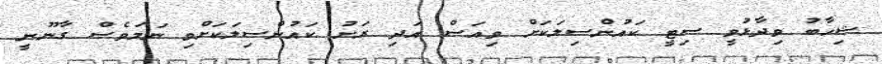
ޝިހާބު ވިދާޅުވީ ސިޓީ ކައުންސިލަކަށް ވިއަސް އަދި ރަށު ކައުންސިލަކަށްވި ނަމަވެސް ގާނޫނީ